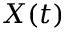
X ( t )